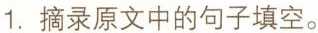
1.摘录原文中的句子填空。